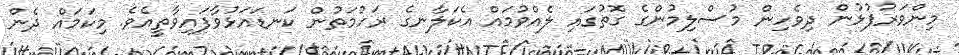
މިންވަރުފުޅުން ދިވެހިން މުސްލިމުންގެ ގޮތުގައި ލެއްވުމައް އެކަލާނގެ ރަހުމަތުން ކަނޑައަޅުވާފައިވާތީއެވެ. މިކަމައް ދެން